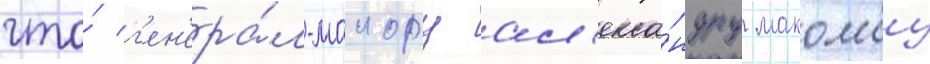
что́ г'ен'ера́л-маиору ал'екса́ндру макомбу